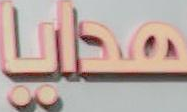
سطيا